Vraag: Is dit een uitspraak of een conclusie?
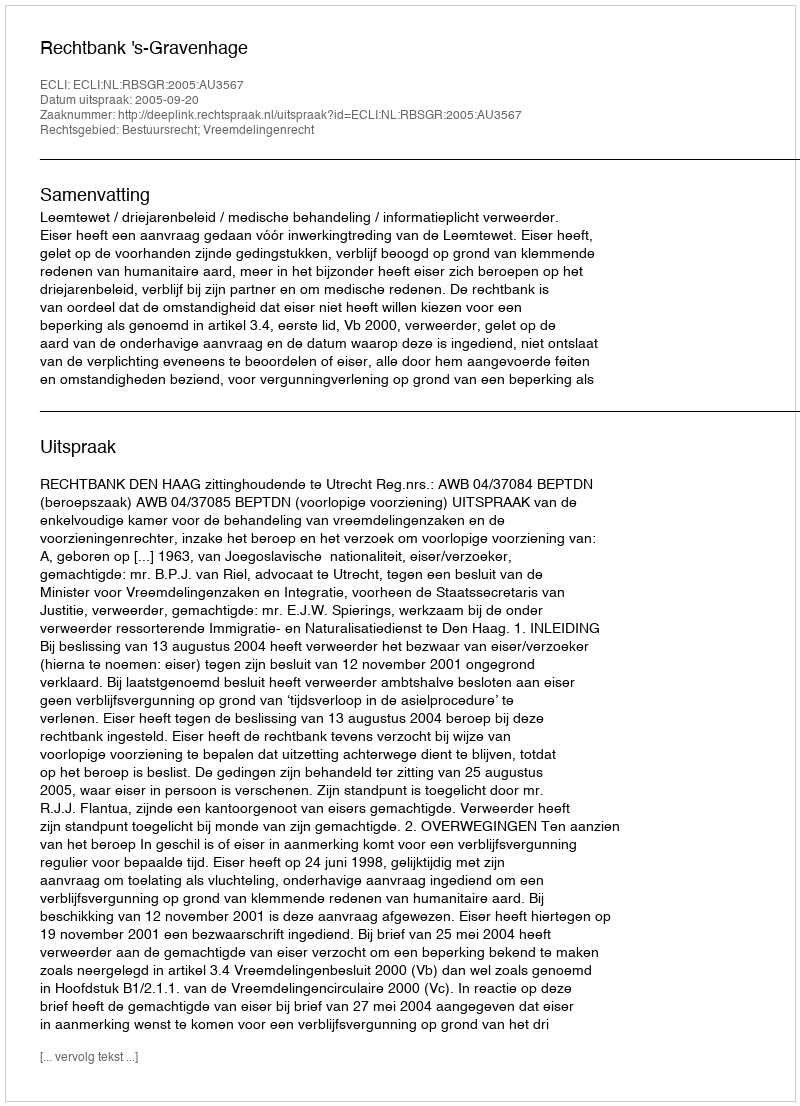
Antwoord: Uitspraak